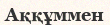
Аққұммен